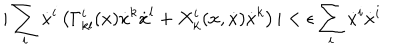
LaTeX: | \sum _ { i } \dot { x } ^ { i } \left( \Gamma _ { k l } ^ { i } ( x ) \dot { x } ^ { k } \dot { x } ^ { l } + X _ { k } ^ { i } ( x , \dot { x } ) \dot { x } ^ { k } \right) | < \epsilon \sum _ { i } \dot { x } ^ { i } \dot { x } ^ { i }